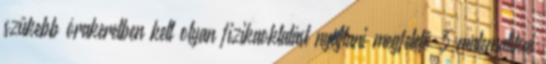
szűkebb órakeretben kell olyan fizikaoktatást nyújtani megfelelő 3 matematikai